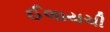
ઈલાયચી